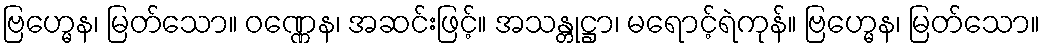
ဗြဟ္မေန၊ မြတ်သော။ ဝဏ္ဏေန၊ အဆင်းဖြင့်။ အသန္တုဋ္ဌာ၊ မရောင့်ရဲကုန်။ ဗြဟ္မေန၊ မြတ်သော။